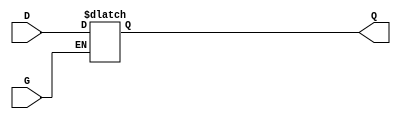
module async_gated_latch (
    input wire D,  // Data input
    input wire G,  // Gate/Enable signal
    output reg Q   // Stored output
);

    // Always block that is triggered on changes to G or D
    always @* begin
        if (G) begin
            Q = D; // When G is high, Q follows D
        end
        // When G is low, Q retains its previous state (no assignment needed)
    end

endmodule